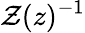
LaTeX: \mathcal{Z}(z)^{-1}